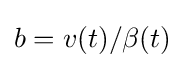
b=v(t)/\beta (t)